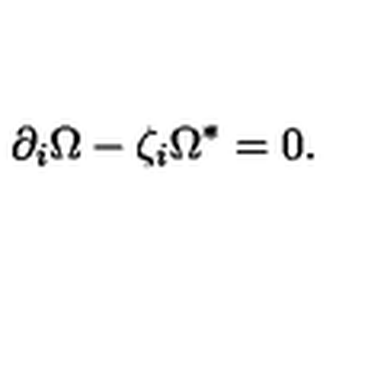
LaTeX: \partial _ { i } \Omega - \zeta _ { { i } } \Omega ^ { \ast } = 0 .